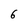
Character: 6